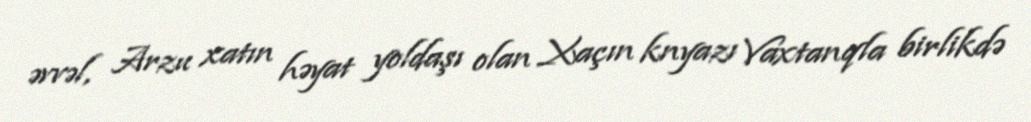
əvvəl, Arzu xatın həyat yoldaşı olan Xaçın knyazı Vaxtanqla birlikdə